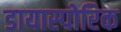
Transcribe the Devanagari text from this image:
डायास्पोरिक